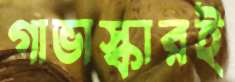
গাভাস্কারই